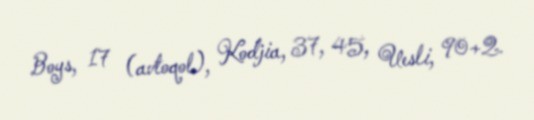
Boys, 17 (avtoqol), Kodjia, 37, 45, Uesli, 90+2.